Civil Veterinary Dept. North-West Frontier Province 1923-32 - 1923-1932
Year: 1923
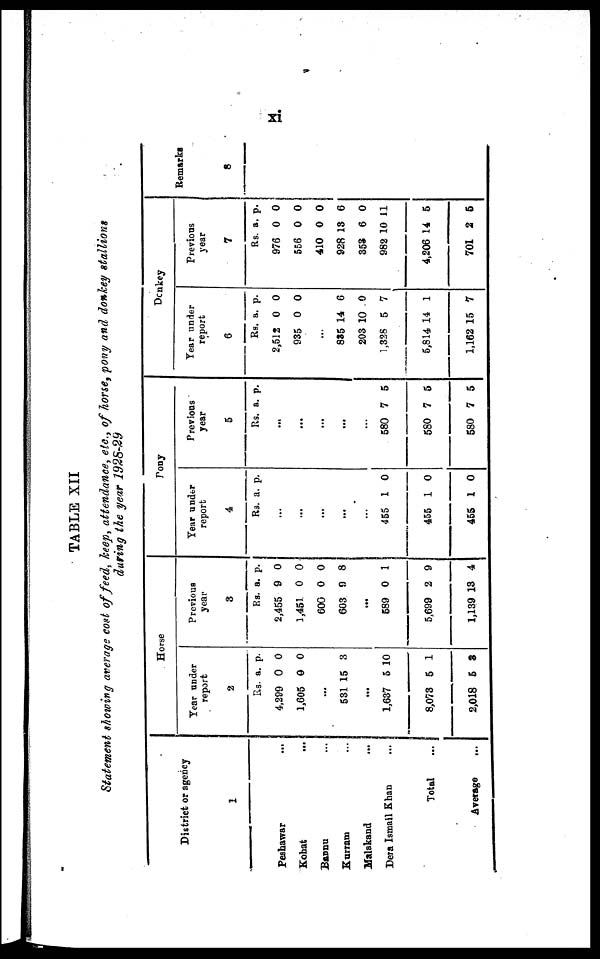
xi
TABLE XII
Statement showing average cost of feed, keep, attendance, etc., of horse, pony and donkey stallions
during the year 1928-29
District or agency
1
Peshawar
...
Kohat …
Bannu …
Kurram …
Malakand …
Dera Ismail Khan …
Total
...
Average
...
Horse
Year under
report
2
Rs.
4,299
1,605
531
1,637
8,073
2,018
a.
0
0
...
15
...
5
5
5
p.
0
0
3
10
1
8
Previous
year
3
Rs.
2,455
1,451
600
603
589
5,699
1,139
a.
9
0
0
9
...
0
2
13
p.
0
0
0
8
1
9
4
Pony
Year under
report
4
Rs.
455
455
455
a.
...
...
...
...
...
1
1
1
p.
0
0
0
Previous
year
5
Rs.
580
580
580
a.
...
...
...
...
...
7
7
7
p.
5
5
5
Donkey
Year under
report
6
Rs.
2,512
935
835
203
1,328
5,814
1,162
a.
0
0
...
14
10
5
14
15
p.
0
0
6
0
7
1
7
Previous
year
7
Rs.
976
556
410
928
353
982
4,206
701
a.
0
0
0
13
6
10
14
2
p.
0
0
0
6
0
11
5
5
Remarks
8